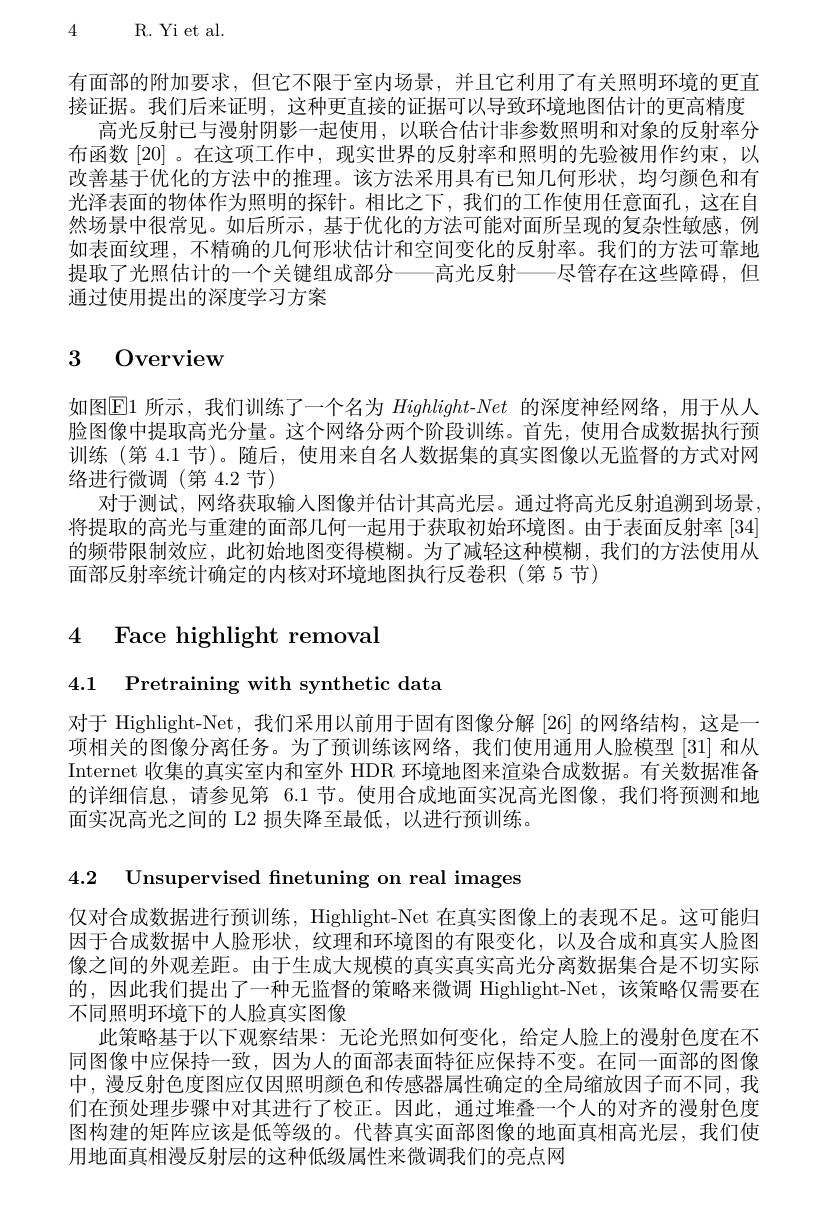
4 R. Yi et al.

有面部的附加要求，但它不限于室内场景，并且它利用了有关照明环境的更直接证据。我们后来证明，这种更直接的证据可以导致环境地图估计的更高精度
高光反射已与漫射阴影一起使用，以联合估计非参数照明和对象的反射率分布函数[20] 。在这项工作中，现实世界的反射率和照明的先验被用作约束，以改善基于优化的方法中的推理。该方法采用具有已知几何形状，均匀颜色和有光泽表面的物体作为照明的探针。相比之下，我们的工作使用任意面孔，这在自然场景中很常见。如后所示，基于优化的方法可能对面所呈现的复杂性敏感，例如表面纹理，不精确的几何形状估计和空间变化的反射率。我们的方法可靠地提取了光照估计的一个关键组成部分——高光反射——尽管存在这些障碍，但通过使用提出的深度学习方案

# 3 Overview

如图$\boxed{\mathrm{E}1\text{ 所示，我们训练了一个名为 }Highlight-Net\text{ 的深度神经网络，用于从人}}$ 脸图像中提取高光分量。这个网络分两个阶段训练。首先，使用合成数据执行预训练 (第 4.1 节)。随后，使用来自名人数据集的真实图像以无监督的方式对网络进行微调(第4.2节)
对于测试，网络获取输入图像并估计其高光层。通过将高光反射追溯到场景将提取的高光与重建的面部几何一起用于获取初始环境图。由于表面反射率[34] 的频带限制效应，此初始地图变得模糊。为了减轻这种模糊，我们的方法使用从面部反射率统计确定的内核对环境地图执行反卷积(第 5 节)

# 4 Face highlight removal

4.1 Pretraining with synthetic data

对于 Highlight-Net, 我们采用以前用于固有图像分解 [26] 的网络结构，这是一项相关的图像分离任务。为了预训练该网络，我们使用通用人脸模型[31]和从Internet 收集的真实室内和室外 HDR 环境地图来渲染合成数据。有关数据准备的详细信息，请参见第 6.1 节。使用合成地面实况高光图像，我们将预测和地面实况高光之间的 L2 损失降至最低，以进行预训练。

4.2 Unsupervised fnetuning on real images

仅对合成数据进行预训练，Highlight-Net 在真实图像上的表现不足。这可能归因于合成数据中人脸形状，纹理和环境图的有限变化，以及合成和真实人脸图像之间的外观差距。由于生成大规模的真实真实高光分离数据集合是不切实际的，因此我们提出了一种无监督的策略来微调 Highlight-Net,该策略仅需要在不同照明环境下的人脸真实图像
此策略基于以下观察结果：无论光照如何变化，给定人脸上的漫射色度在不同图像中应保持一致，因为人的面部表面特征应保持不变。在同一面部的图像中，漫反射色度图应仅因照明颜色和传感器属性确定的全局缩放因子而不同，我们在预处理步骤中对其进行了校正。因此，通过堆叠一个人的对齐的漫射色度图构建的矩阵应该是低等级的。代替真实面部图像的地面真相高光层，我们使用地面真相漫反射层的这种低级属性来微调我们的亮点网